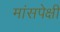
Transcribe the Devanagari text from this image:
मांसपेक्षी